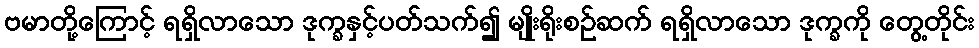
ဗမာတို့ကြောင့် ရရှိလာသော ဒုက္ခနှင့်ပတ်သက်၍ မျိုးရိုးစဉ်ဆက် ရရှိလာသော ဒုက္ခကို တွေ့တိုင်း